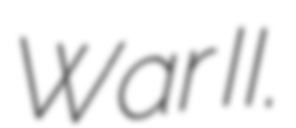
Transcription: War II.